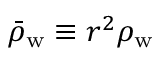
\bar { \rho } _ { \mathrm { w } } \equiv r ^ { 2 } \rho _ { \mathrm { w } }